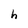
Character: h